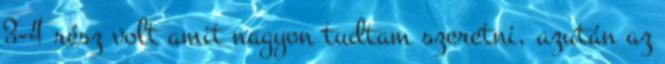
3-4 rész volt amit nagyon tudtam szeretni, azután az